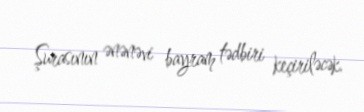
Şurasının ənənəvi bayram tədbiri keçiriləcək.